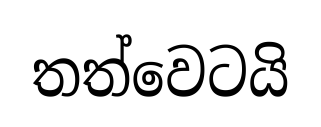
තත්වෙටයි